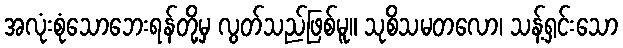
အလုံးစုံသောဘေးရန်တို့မှ လွတ်သည်ဖြစ်မူ။ သုစိသမတလော၊ သန့်ရှင်းသော